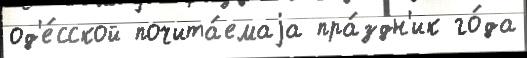
од'е́сской почита́емаjа пра́здн'ик го́да